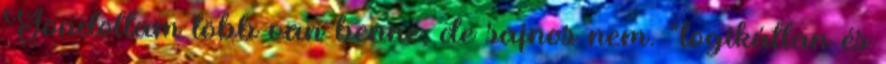
Gondoltam több van benne, de sajnos nem. “logikátlan és